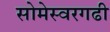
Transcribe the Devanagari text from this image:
सोमेस्वरगढी